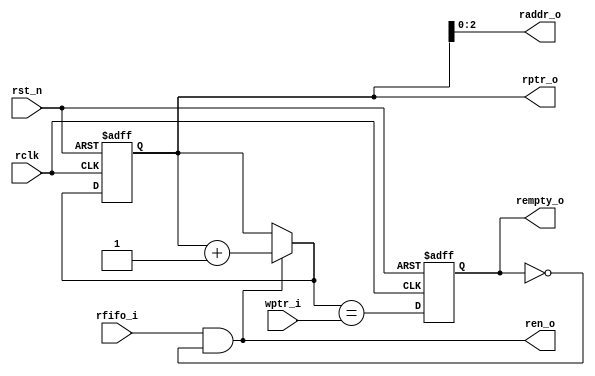
//////////////////////////////////////////////////////////////////////////////////
//
// Company     : XnonymouX
//
// Description     : Control reading FIFO 
//					
//
// History (Date, Changed By)
//
//////////////////////////////////////////////////////////////////////////////////
module sync_fiford_ctrl
    (
    rclk,
    rst_n,

    //--------------------------------------
    // input interface
    rfifo_i,  // request read fifo
    wptr_i, 
    //--------------------------------------
    // output interface
    ren_o,
    rempty_o,
    raddr_o, // reading address
    rptr_o
    );

//-----------------------------------------------------------------------------
//parameter
parameter AW = 3;

//-----------------------------------------------------------------------------
// Port declarations
input               rclk;
input               rst_n;
//--------------------------------------
// input interface
input               rfifo_i;
input   [AW:0]      wptr_i;
//--------------------------------------
// output interface
output              ren_o;
output              rempty_o;
output  [AW-1:0]    raddr_o;
output  [AW:0]      rptr_o;
//-----------------------------------------------------------------------------
//internal signal
wire [AW:0]         nxt_rptr;
reg  [AW:0]         rptr;
wire                ren;
wire                nxt_rempty;
reg                 rempty;
//------------------------------------------------------------------------------
//Latch read pointer
assign ren = rfifo_i & (~rempty);
assign nxt_rptr = ren ? (rptr + 1'b1) : rptr;
always @ (posedge rclk or negedge rst_n)
    begin
    if(!rst_n)
        rptr <= {(AW+1){1'b0}};
    else
        rptr <= nxt_rptr;
    end
assign raddr_o = rptr[AW-1:0];
assign ren_o = ren;
assign rptr_o = rptr;
//------------------------------------------------------------------------------
//Empty detection
assign nxt_rempty = (nxt_rptr == wptr_i);
always @ (posedge rclk or negedge rst_n)
    begin
    if(!rst_n)
        rempty <= 1'b1;
    else
        rempty <= nxt_rempty;
    end
assign rempty_o = rempty;
 
endmodule